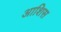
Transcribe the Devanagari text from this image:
आशिस